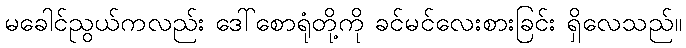
မခေါင်ညွယ်ကလည်း ဒေါ်စောရုံတို့ကို ခင်မင်လေးစားခြင်း ရှိလေသည်။